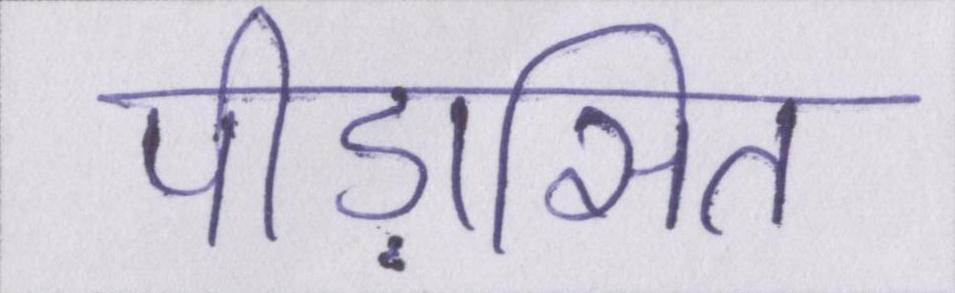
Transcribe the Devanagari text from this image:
पीड़ासित